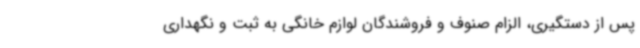
پس از دستگیری، الزام صنوف و فروشندگان لوازم خانگی به ثبت و نگهداری